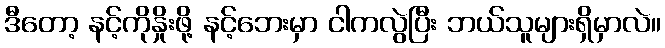
ဒီတော့ နင့်ကိုနှိုးဖို့ နင့်ဘေးမှာ ငါကလွဲပြီး ဘယ်သူများရှိမှာလဲ။